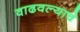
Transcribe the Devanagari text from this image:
वाढवल्याचे